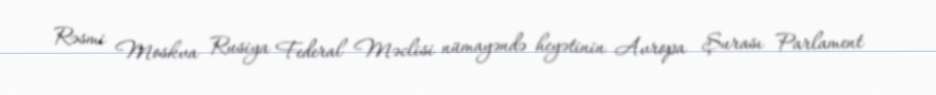
Rəsmi Moskva Rusiya Federal Məclisi nümayəndə heyətinin Avropa Şurası Parlament